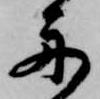
舟